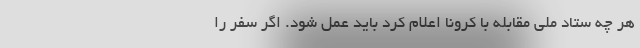
هر چه ستاد ملی مقابله با کرونا اعلام کرد باید عمل شود. اگر سفر را